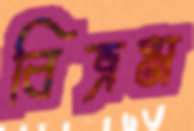
বিভ্রম